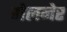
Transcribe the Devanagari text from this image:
गेलनेर